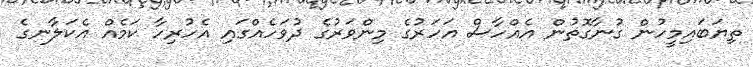
ތިޔަބައިމީހުން ގުނާގޮތުން އެއްހާސް އަހަރުގެ މިންވަރުގެ ދުވަހެއްގައި އެހުރިހާ ކަމެއް އެކަލާނގެ